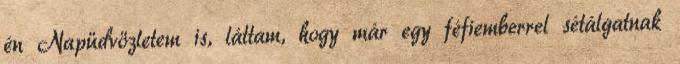
én Napüdvözletem is, láttam, hogy már egy féfiemberrel sétálgatnak